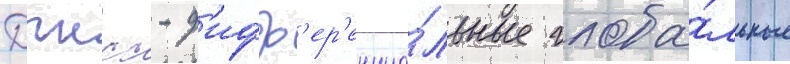
Дгнсс - д'ифф'ер'енциа́льные глоба́льные